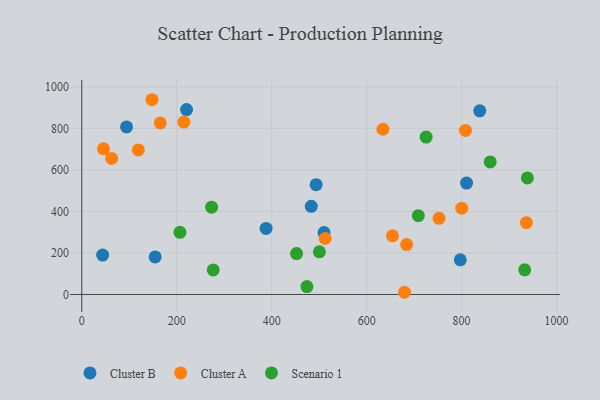
{"axis": {"x": "Ad Spend", "y": "Rating"}, "legend": ["Cluster A", "Cluster B", "Scenario 1"], "data": [{"x": "43.9", "y": 189.8, "type": "Cluster B"}, {"x": "94.3", "y": 806.8, "type": "Cluster B"}, {"x": "483.3", "y": 424.4, "type": "Cluster B"}, {"x": "220.7", "y": 890.5, "type": "Cluster B"}, {"x": "797.2", "y": 167.1, "type": "Cluster B"}, {"x": "838.2", "y": 884.6, "type": "Cluster B"}, {"x": "810.4", "y": 536.6, "type": "Cluster B"}, {"x": "154.6", "y": 181.1, "type": "Cluster B"}, {"x": "493.6", "y": 529.0, "type": "Cluster B"}, {"x": "388.2", "y": 318.2, "type": "Cluster B"}, {"x": "510.2", "y": 298.1, "type": "Cluster B"}, {"x": "165.3", "y": 826.4, "type": "Cluster A"}, {"x": "45.7", "y": 701.4, "type": "Cluster A"}, {"x": "684.3", "y": 240.4, "type": "Cluster A"}, {"x": "679.7", "y": 10.6, "type": "Cluster A"}, {"x": "752.5", "y": 366.8, "type": "Cluster A"}, {"x": "654.4", "y": 282.6, "type": "Cluster A"}, {"x": "512.6", "y": 269.6, "type": "Cluster A"}, {"x": "634.3", "y": 795.9, "type": "Cluster A"}, {"x": "936.5", "y": 345.9, "type": "Cluster A"}, {"x": "62.8", "y": 655.1, "type": "Cluster A"}, {"x": "215.1", "y": 830.4, "type": "Cluster A"}, {"x": "119.1", "y": 696.0, "type": "Cluster A"}, {"x": "800.2", "y": 415.9, "type": "Cluster A"}, {"x": "808.2", "y": 790.1, "type": "Cluster A"}, {"x": "147.8", "y": 938.0, "type": "Cluster A"}, {"x": "932.9", "y": 118.9, "type": "Scenario 1"}, {"x": "452.3", "y": 197.1, "type": "Scenario 1"}, {"x": "276.8", "y": 118.2, "type": "Scenario 1"}, {"x": "206.8", "y": 299.5, "type": "Scenario 1"}, {"x": "500.4", "y": 205.3, "type": "Scenario 1"}, {"x": "725.3", "y": 758.0, "type": "Scenario 1"}, {"x": "273.4", "y": 420.5, "type": "Scenario 1"}, {"x": "708.8", "y": 379.3, "type": "Scenario 1"}, {"x": "938.5", "y": 561.3, "type": "Scenario 1"}, {"x": "860.2", "y": 638.5, "type": "Scenario 1"}, {"x": "474.2", "y": 37.9, "type": "Scenario 1"}]}